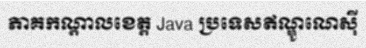
ភាគកណ្តាលខេត្ត Java ប្រទេសឥណ្ឌូណេស៊ី